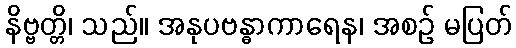
နိဗ္ဗတ္တိ၊ သည်။ အနုပဗန္ဓာကာရေန၊ အစဉ် မပြတ်